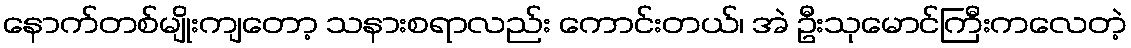
နောက်တစ်မျိုးကျတော့ သနားစရာလည်း ကောင်းတယ်၊ အဲ ဦးသုမောင်ကြီးကလေတဲ့